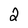
Character: 2